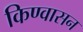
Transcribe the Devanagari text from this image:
किण्वासन